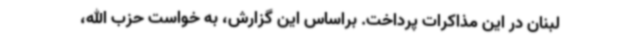
لبنان در این مذاکرات پرداخت. براساس این گزارش، به خواست حزب الله،